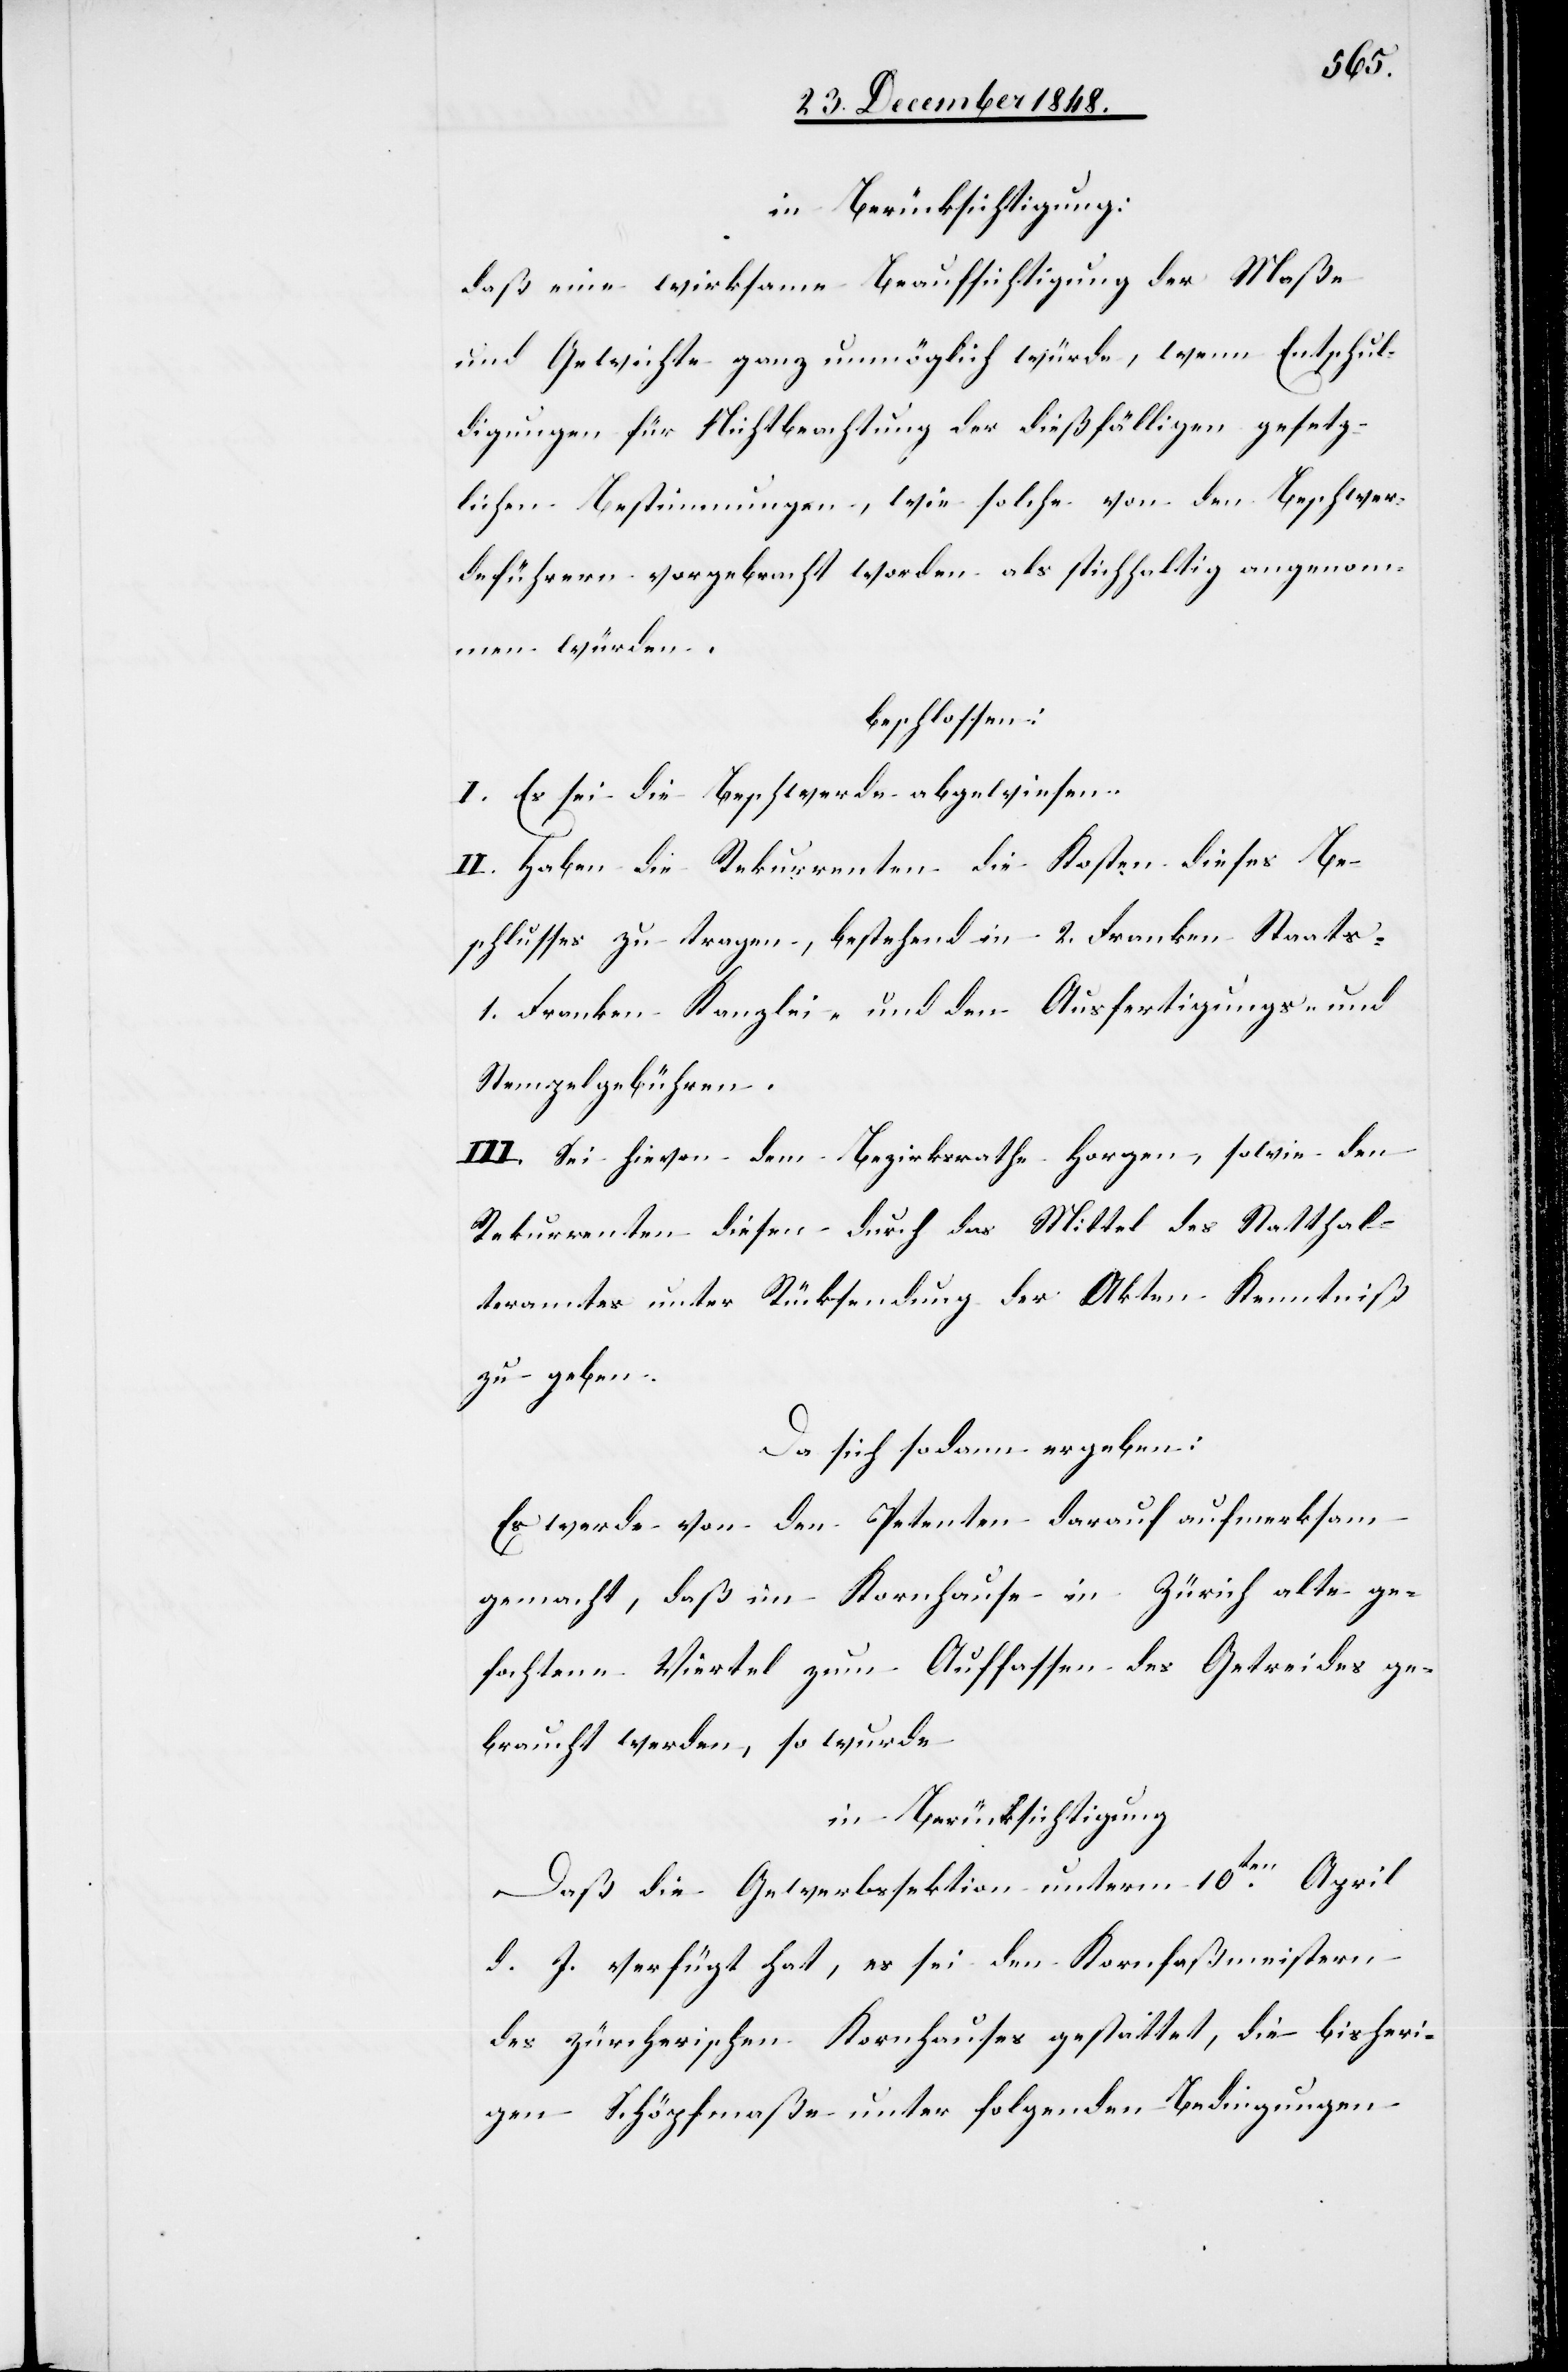
in Berücksichtigung:
daß eine wirksame Beaufsichtigung der Maße
und Gewichte ganz unmöglich würde, wenn Entschul¬
digungen für Nichtbeachtung der dießfälligen gesetz¬
lichen Bestimmungen, wie solche von den Beschwer¬
deführern vorgebracht worden als stichhaltig angenom¬
men würden,
beschlossen:
I. Es sei die Beschwerde abgewiesen.
II. Haben die Rekurrenten die Kosten dieses Be¬
schlusses zu tragen, bestehend in 2. Franken Staats-[,]
1. Franken Kanzlei- und den Ausfertigungs- und
Stempelgebühren.
III. Sei hievon dem Bezirksrathe Horgen, sowie den
Rekurrenten diesen durch das Mittel des Statthal¬
teramtes unter Rücksendung der Akten Kenntniß
zu geben.
Da sich sodann ergeben:
Es werde von den Petenten darauf aufmerksam
gemacht, daß im Kornhause in Zürich alte ge¬
fochtene Viertel zum Auffassen des Getreides ge¬
braucht werden, so wurde
in Berücksichtigung
Daß die Gewerbssektion unterm 10ten April
d. J. verfügt hat, es sei den Kornfaßmeistern
des zürcherischen Kornhauses gestattet, die bisheri¬
gen Schöpfmaße unter folgenden Bedingungen